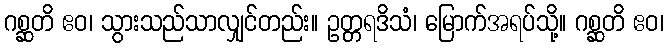
ဂစ္ဆတိ ဧဝ၊ သွားသည်သာလျှင်တည်း။ ဥတ္တရဒိသံ၊ မြောက်အရပ်သို့။ ဂစ္ဆတိ ဧဝ၊